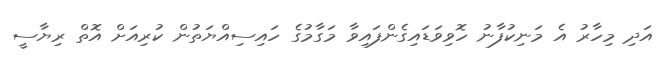
އަދި މިހާރު އެ މަނިކުފާނު ހޮވިވަޑައިގެންފައިވާ މަގާމުގެ ހައިސިއްޔަތުން ކުރިއަށް އޮތް ރިޔާސީ